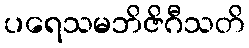
ပရေသမဘိဇိဂီသတိ